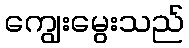
ကျွေးမွေးသည်